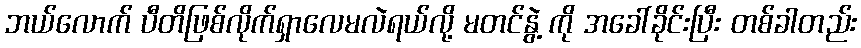
ဘယ်လောက် ပီတိဖြစ်လိုက်ရှာလေမလဲရယ်လို့ မတင်နွဲ့ ကို အခေါ်ခိုင်းပြီး တစ်ခါတည်း